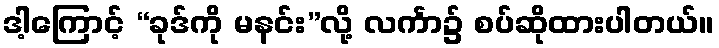
ဒါ့ကြောင့် “ခုဒ်ကို မနင်း”လို့ လင်္ကာ၌ စပ်ဆိုထားပါတယ်။